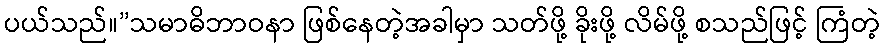
ပယ်သည်။”သမာဓိဘာဝနာ ဖြစ်နေတဲ့အခါမှာ သတ်ဖို့ ခိုးဖို့ လိမ်ဖို့ စသည်ဖြင့် ကြံတဲ့